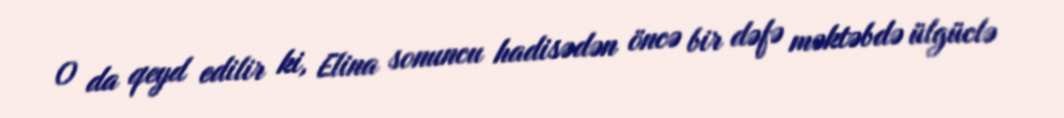
O da qeyd edilir ki, Elina sonuncu hadisədən öncə bir dəfə məktəbdə ülgüclə